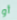
أو